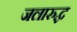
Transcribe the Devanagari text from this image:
जलारुद्ध